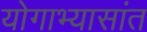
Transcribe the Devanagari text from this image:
योगाभ्यासांत